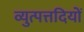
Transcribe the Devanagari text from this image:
व्युत्पत्तदियों